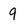
Character: 9